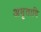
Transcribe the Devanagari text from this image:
अमृतादि